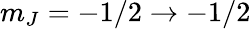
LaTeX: m_{J}=-1/2\rightarrow-1/2